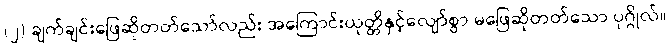
(၂) ချက်ချင်းဖြေဆိုတတ်သော်လည်း အကြောင်းယုတ္တိနှင့်လျော်စွာ မဖြေဆိုတတ်သော ပုဂ္ဂိုလ်။